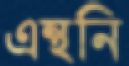
এন্থনি